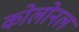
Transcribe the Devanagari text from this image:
कोलोनल